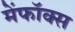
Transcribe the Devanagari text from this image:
मेंफॉक्स